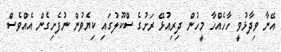
އޭނާ ވިދާޅުވީ ހާހެއްހާ މީހުން ދިރިއުޅޭ ރަށުގެ ސްކޫލުގައި ކިޔެވުން ނުފެށިގެން އެއްވެސް